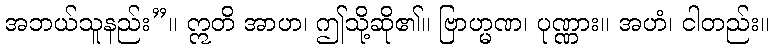
အဘယ်သူနည်း”။ ဣတိ အာဟ၊ ဤသို့ဆို၏။ ဗြာဟ္မဏ၊ ပုဏ္ဏား။ အဟံ၊ ငါတည်း။